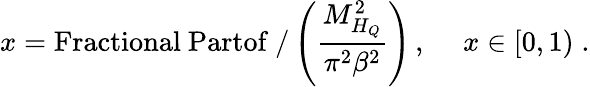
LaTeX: x=\mathrm{Fractional~Partof\ /}\left(\frac{M_{H_{Q}}^{2}}{\pi^{2}\beta^{2}}\right)\, ,~~~~~x\in[0,1)\; .